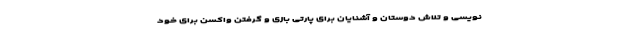
نویسی و تلاش دوستان و آشنایان برای پارتی بازی و گرفتن واکسن برای خود